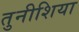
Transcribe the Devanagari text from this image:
तुनीशिया